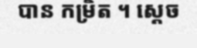
បាន កម្រិត ។ ស្តេច